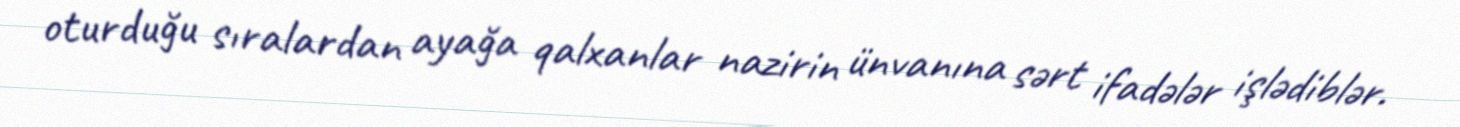
oturduğu sıralardan ayağa qalxanlar nazirin ünvanına sərt ifadələr işlədiblər.